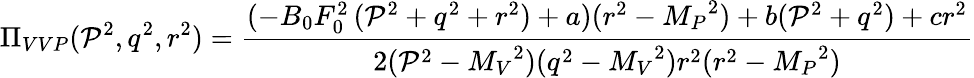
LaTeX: \Pi_{VVP}(\mathcal{P}^{2},q^{2},r^{2})={\frac{{(-B_{0}F_{0}^{2}\, (\mathcal{P}^{2}+q^{2}+r^{2})+a)(r^{2}-{M_{P}}^{2})+b(\mathcal{P}^{2}+q^{2})+cr^{2}}}{{2(\mathcal{P}^{2}-{M_{V}}^{2})(q^{2}-{M_{V}}^{2})r^{2}(r^{2}-{M_{P}}^{2})}}}